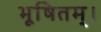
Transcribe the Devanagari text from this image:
भूषितम्।